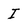
Character: I